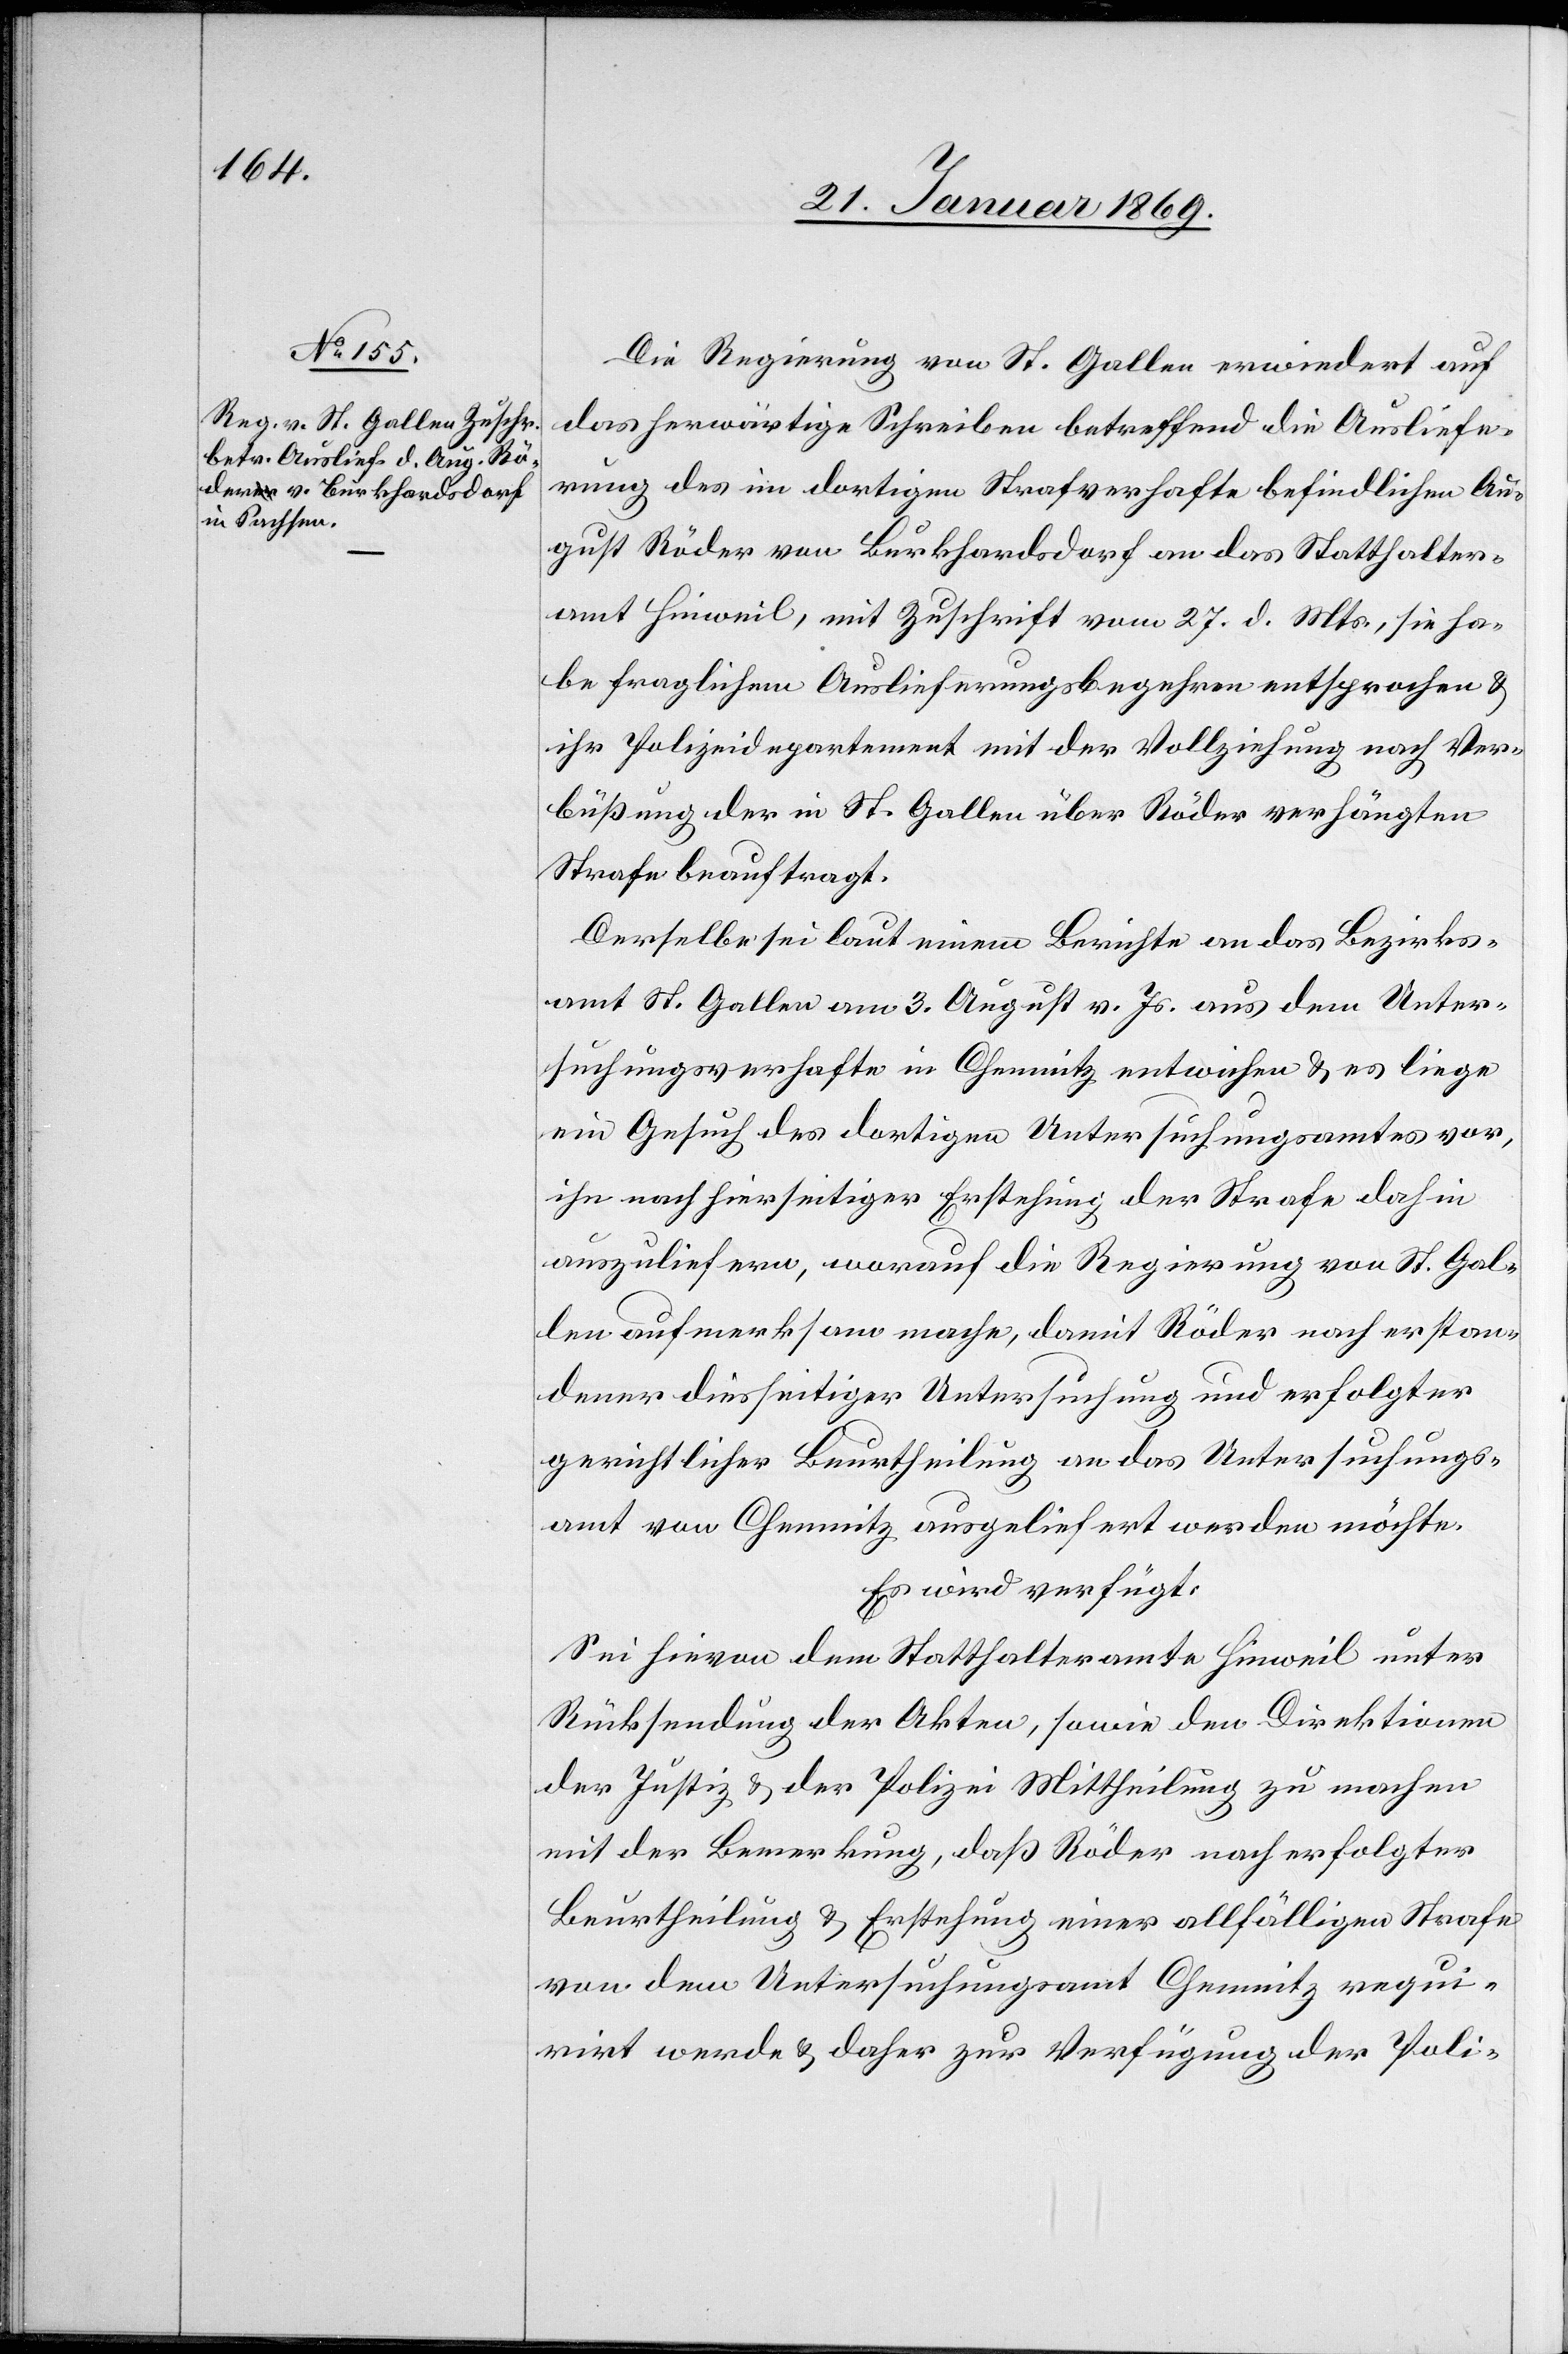
29. Januar 1869.]
Die Regierung von St. Gallen erwiedert auf
das herwärtige Schreiben betreffend die Ausliefe¬
rung des im dortigen Strafverhafte befindlichen Au¬
gust Räder von Burkhardsdorf an das Statthalter¬
amt Hinweil, mit Zuschrift vom 27. d. Mts., sie ha¬
be fraglichem Auslieferungsbegehren entsprochen &
ihr Polizeidepartement mit der Vollziehung nach Ver¬
büßung der in St. Gallen über Räder verhängten
Strafe beauftragt.
Derselbe sei laut einem Berichte an das Bezirks¬
amt St. Gallen am 3. August v. Js. aus dem Unter¬
suchungsverhafte in Chemnitz entwichen & es liege
ein Gesuch des dortigen Untersuchungsamtes vor,
ihn nach hierseitiger Erstehung der Strafe dahin
auszuliefern, worauf die Regierung von St. Gal¬
len aufmerksam mache, damit Räder nach erstan¬
dener diesseitiger Untersuchung und erfolgter
gerichtlicher Beurtheilung an das Untersuchungs¬
amt von Chemnitz ausgeliefert werden möchte.
Es wird verfügt:
Sei hievon dem Statthalteramte Hinweil unter
Rücksendung der Akten, sowie den Direktionen
der Justiz & der Polizei Mittheilung zu machen
mit der Bemerkung, daß Räder nach erfolgter
Beurtheilung & Erstehung einer allfälligen Strafe
von dem Untersuchungsamt Chemnitz requi¬
rirt werde & daher zur Verfügung der Poli-